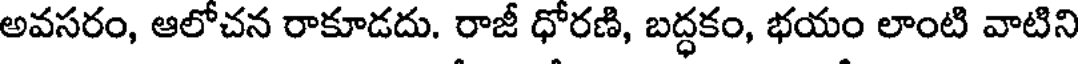
అవసరం, ఆలోచన రాకూడదు. రాజీ ధోరణి, బద్ధకం, భయం లాంటి వాటిని